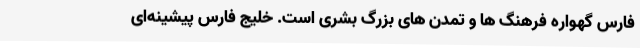
فارس گهواره فرهنگ ها و تمدن های بزرگ بشری است. خلیج فارس پیشینه‌ای